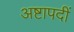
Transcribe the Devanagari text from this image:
अष्टापदीं